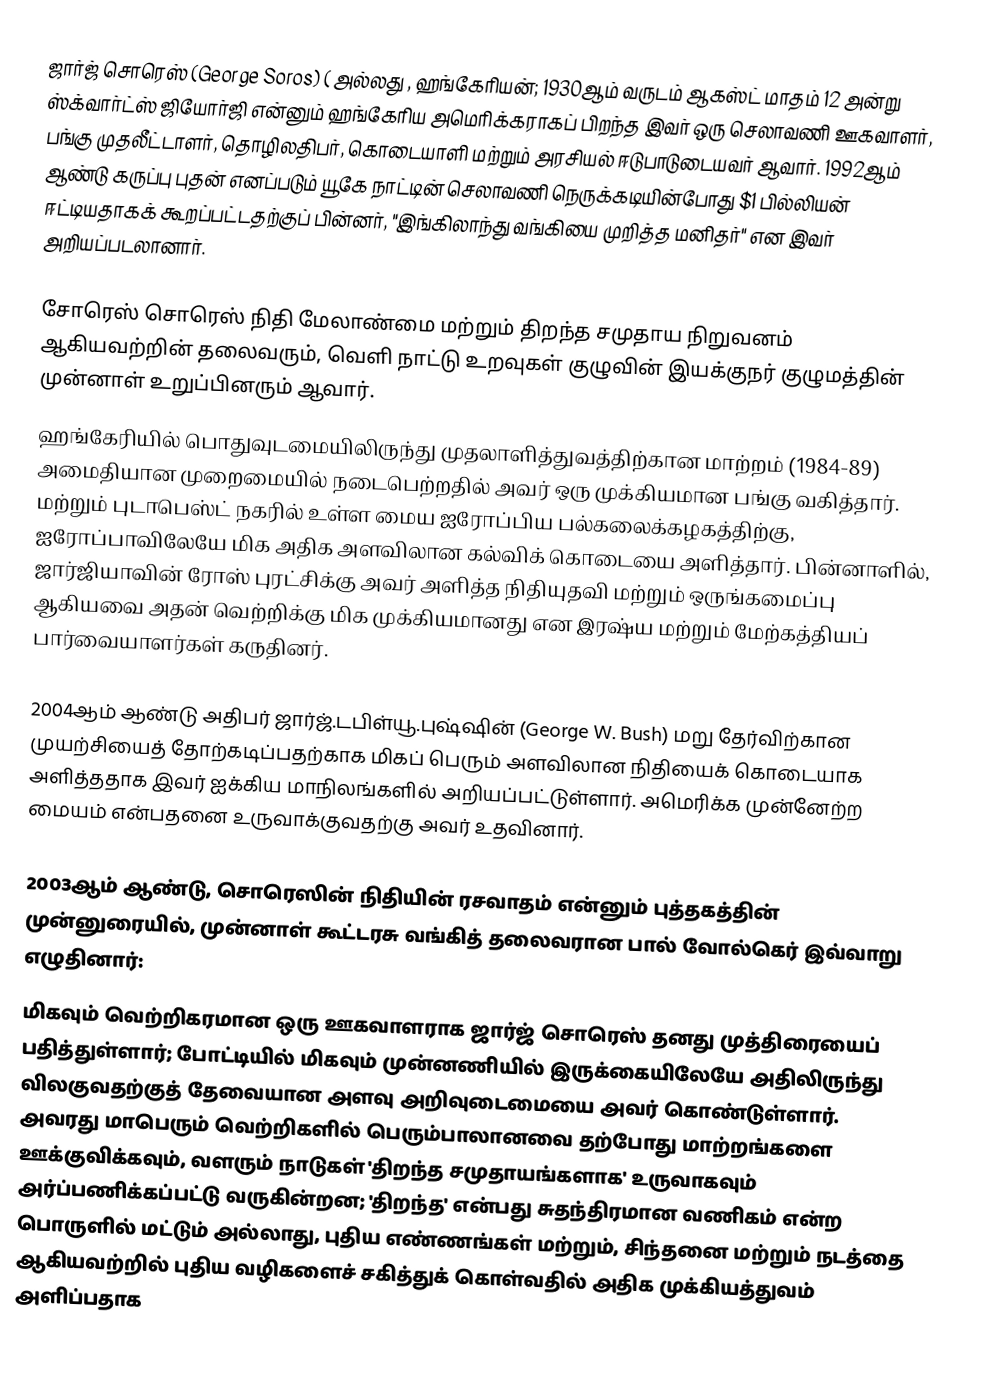
ஜார்ஜ் சொரெஸ்  (George Soros) ( அல்லது , ஹங்கேரியன்; 1930ஆம் வருடம் ஆகஸ்ட் மாதம் 12 அன்று ஸ்க்வார்ட்ஸ் ஜியோர்ஜி  என்னும் ஹங்கேரிய அமெரிக்கராகப் பிறந்த இவர் ஒரு செலாவணி ஊகவாளர், பங்கு முதலீட்டாளர், தொழிலதிபர், கொடையாளி மற்றும் அரசியல் ஈடுபாடுடையவர் ஆவார். 1992ஆம் ஆண்டு கருப்பு புதன் எனப்படும் யூகே நாட்டின் செலாவணி நெருக்கடியின்போது $1 பில்லியன் ஈட்டியதாகக் கூறப்பட்டதற்குப் பின்னர், "இங்கிலாந்து வங்கியை முறித்த மனிதர்" என இவர் அறியப்படலானார்.

சோரெஸ் சொரெஸ் நிதி மேலாண்மை மற்றும் திறந்த சமுதாய நிறுவனம் ஆகியவற்றின் தலைவரும், வெளி நாட்டு உறவுகள் குழுவின் இயக்குநர் குழுமத்தின் முன்னாள் உறுப்பினரும் ஆவார்.
ஹங்கேரியில் பொதுவுடமையிலிருந்து முதலாளித்துவத்திற்கான மாற்றம் (1984-89) அமைதியான முறைமையில் நடைபெற்றதில் அவர் ஒரு முக்கியமான பங்கு வகித்தார். மற்றும் புடாபெஸ்ட் நகரில் உள்ள மைய ஐரோப்பிய பல்கலைக்கழகத்திற்கு, ஐரோப்பாவிலேயே மிக அதிக அளவிலான கல்விக் கொடையை அளித்தார்.  பின்னாளில், ஜார்ஜியாவின் ரோஸ் புரட்சிக்கு அவர் அளித்த நிதியுதவி மற்றும் ஒருங்கமைப்பு ஆகியவை அதன் வெற்றிக்கு மிக முக்கியமானது என இரஷ்ய மற்றும் மேற்கத்தியப் பார்வையாளர்கள் கருதினர்.

2004ஆம் ஆண்டு அதிபர் ஜார்ஜ்.டபிள்யூ.புஷ்ஷின் (George W. Bush) மறு தேர்விற்கான முயற்சியைத் தோற்கடிப்பதற்காக மிகப் பெரும் அளவிலான நிதியைக் கொடையாக அளித்ததாக இவர் ஐக்கிய மாநிலங்களில் அறியப்பட்டுள்ளார். அமெரிக்க முன்னேற்ற மையம் என்பதனை உருவாக்குவதற்கு அவர் உதவினார்.

2003ஆம் ஆண்டு, சொரெஸின் நிதியின் ரசவாதம்  என்னும் புத்தகத்தின் முன்னுரையில், முன்னாள் கூட்டரசு வங்கித் தலைவரான பால் வோல்கெர் இவ்வாறு எழுதினார்:
மிகவும் வெற்றிகரமான ஒரு ஊகவாளராக ஜார்ஜ் சொரெஸ் தனது முத்திரையைப் பதித்துள்ளார்; போட்டியில் மிகவும் முன்னணியில் இருக்கையிலேயே அதிலிருந்து விலகுவதற்குத் தேவையான அளவு அறிவுடைமையை அவர் கொண்டுள்ளார். அவரது மாபெரும் வெற்றிகளில் பெரும்பாலானவை தற்போது மாற்றங்களை ஊக்குவிக்கவும், வளரும் நாடுகள் 'திறந்த சமுதாயங்களாக' உருவாகவும் அர்ப்பணிக்கப்பட்டு வருகின்றன; 'திறந்த' என்பது சுதந்திரமான வணிகம் என்ற பொருளில் மட்டும் அல்லாது, புதிய எண்ணங்கள் மற்றும், சிந்தனை மற்றும் நடத்தை ஆகியவற்றில் புதிய வழிகளைச் சகித்துக் கொள்வதில் அதிக முக்கியத்துவம் அளிப்பதாக